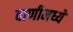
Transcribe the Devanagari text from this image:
वाणीमध्ये